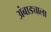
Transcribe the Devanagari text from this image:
अंबाड्याला